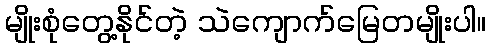
မျိုးစုံတွေ့နိုင်တဲ့ သဲကျောက်မြေတမျိုးပါ။